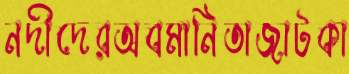
নদীদেরঅবমানিতাজাটকা